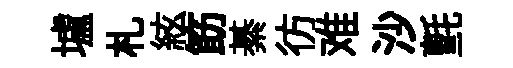
壚札絃筯綦彷难沙氈